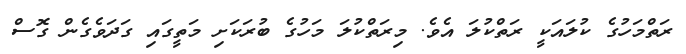
ރަތްމަހުގެ ކުލައަކީ ރަތްކުލަ އެވެ. މިރަތްކުލަ މަހުގެ ބުރަކަށި މަތީގައި ގަދަވެގެން ގޮސް